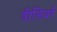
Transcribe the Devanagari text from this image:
डीलिवर्र